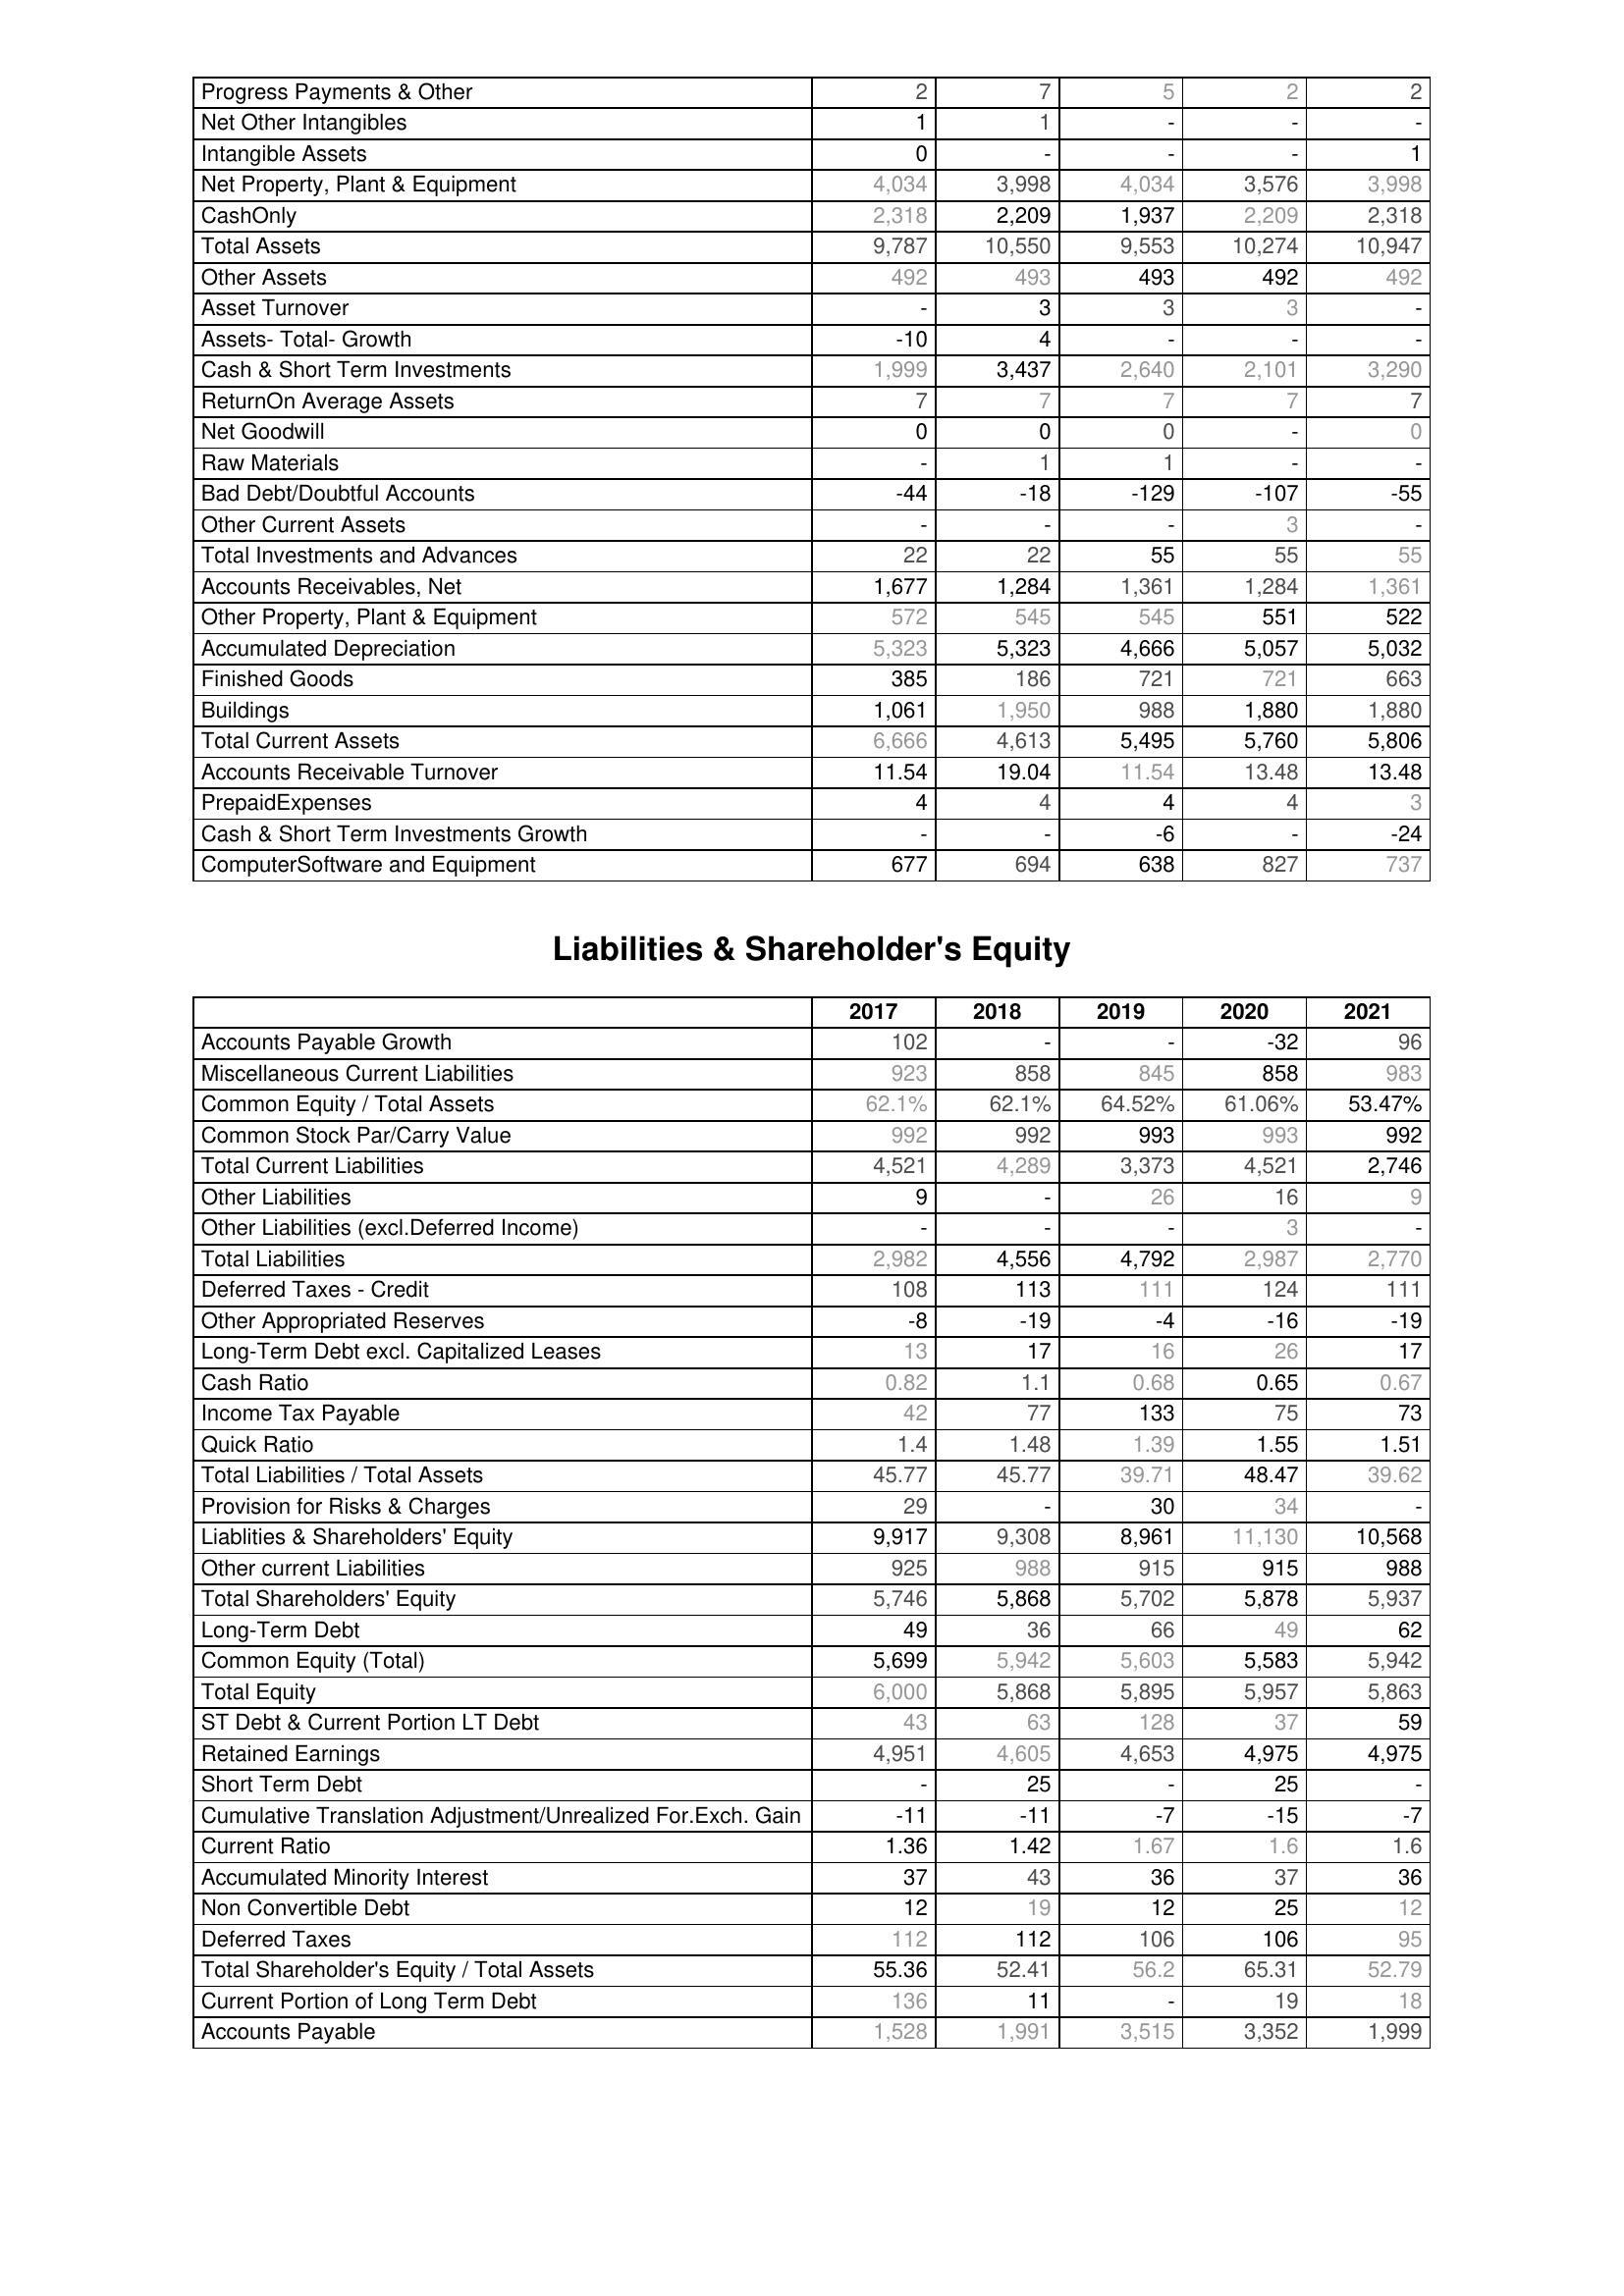
2017: Assets: Progress Payments & Other: 2
Net Other Intangibles: 1
Intangible Assets: 0
Net Property, Plant & Equipment: 4,034
CashOnly: 2,318
Total Assets: 9,787
Other Assets: 492
Asset Turnover: -
Assets- Total- Growth: -10
Cash & Short Term Investments: 1,999
ReturnOn Average Assets: 7
Net Goodwill: 0
Raw Materials: -
Bad Debt/Doubtful Accounts: -44
Other Current Assets: -
Total Investments and Advances: 22
Accounts Receivables, Net: 1,677
Other Property, Plant & Equipment: 572
Accumulated Depreciation: 5,323
Finished Goods: 385
Buildings: 1,061
Total Current Assets: 6,666
Accounts Receivable Turnover: 11.54
PrepaidExpenses: 4
Cash & Short Term Investments Growth: -
ComputerSoftware and Equipment: 677
Liabilities & Shareholder's Equity: Accounts Payable Growth: 102
Miscellaneous Current Liabilities: 923
Common Equity / Total Assets: 62.1%
Common Stock Par/Carry Value: 992
Total Current Liabilities: 4,521
Other Liabilities: 9
Other Liabilities (excl.Deferred Income): -
Total Liabilities: 2,982
Deferred Taxes - Credit: 108
Other Appropriated Reserves: -8
Long-Term Debt excl. Capitalized Leases: 13
Cash Ratio: 0.82
Income Tax Payable: 42
Quick Ratio: 1.4
Total Liabilities / Total Assets: 45.77
Provision for Risks & Charges: 29
Liablities & Shareholders' Equity: 9,917
Other current Liabilities: 925
Total Shareholders' Equity: 5,746
Long-Term Debt: 49
Common Equity (Total): 5,699
Total Equity: 6,000
ST Debt & Current Portion LT Debt: 43
Retained Earnings: 4,951
Short Term Debt: -
Cumulative Translation Adjustment/Unrealized For.Exch. Gain: -11
Current Ratio: 1.36
Accumulated Minority Interest: 37
Non Convertible Debt: 12
Deferred Taxes: 112
Total Shareholder's Equity / Total Assets: 55.36
Current Portion of Long Term Debt: 136
Accounts Payable: 1,528
2018: Assets: Progress Payments & Other: 7
Net Other Intangibles: 1
Intangible Assets: -
Net Property, Plant & Equipment: 3,998
CashOnly: 2,209
Total Assets: 10,550
Other Assets: 493
Asset Turnover: 3
Assets- Total- Growth: 4
Cash & Short Term Investments: 3,437
ReturnOn Average Assets: 7
Net Goodwill: 0
Raw Materials: 1
Bad Debt/Doubtful Accounts: -18
Other Current Assets: -
Total Investments and Advances: 22
Accounts Receivables, Net: 1,284
Other Property, Plant & Equipment: 545
Accumulated Depreciation: 5,323
Finished Goods: 186
Buildings: 1,950
Total Current Assets: 4,613
Accounts Receivable Turnover: 19.04
PrepaidExpenses: 4
Cash & Short Term Investments Growth: -
ComputerSoftware and Equipment: 694
Liabilities & Shareholder's Equity: Accounts Payable Growth: -
Miscellaneous Current Liabilities: 858
Common Equity / Total Assets: 62.1%
Common Stock Par/Carry Value: 992
Total Current Liabilities: 4,289
Other Liabilities: -
Other Liabilities (excl.Deferred Income): -
Total Liabilities: 4,556
Deferred Taxes - Credit: 113
Other Appropriated Reserves: -19
Long-Term Debt excl. Capitalized Leases: 17
Cash Ratio: 1.1
Income Tax Payable: 77
Quick Ratio: 1.48
Total Liabilities / Total Assets: 45.77
Provision for Risks & Charges: -
Liablities & Shareholders' Equity: 9,308
Other current Liabilities: 988
Total Shareholders' Equity: 5,868
Long-Term Debt: 36
Common Equity (Total): 5,942
Total Equity: 5,868
ST Debt & Current Portion LT Debt: 63
Retained Earnings: 4,605
Short Term Debt: 25
Cumulative Translation Adjustment/Unrealized For.Exch. Gain: -11
Current Ratio: 1.42
Accumulated Minority Interest: 43
Non Convertible Debt: 19
Deferred Taxes: 112
Total Shareholder's Equity / Total Assets: 52.41
Current Portion of Long Term Debt: 11
Accounts Payable: 1,991
2019: Assets: Progress Payments & Other: 5
Net Other Intangibles: -
Intangible Assets: -
Net Property, Plant & Equipment: 4,034
CashOnly: 1,937
Total Assets: 9,553
Other Assets: 493
Asset Turnover: 3
Assets- Total- Growth: -
Cash & Short Term Investments: 2,640
ReturnOn Average Assets: 7
Net Goodwill: 0
Raw Materials: 1
Bad Debt/Doubtful Accounts: -129
Other Current Assets: -
Total Investments and Advances: 55
Accounts Receivables, Net: 1,361
Other Property, Plant & Equipment: 545
Accumulated Depreciation: 4,666
Finished Goods: 721
Buildings: 988
Total Current Assets: 5,495
Accounts Receivable Turnover: 11.54
PrepaidExpenses: 4
Cash & Short Term Investments Growth: -6
ComputerSoftware and Equipment: 638
Liabilities & Shareholder's Equity: Accounts Payable Growth: -
Miscellaneous Current Liabilities: 845
Common Equity / Total Assets: 64.52%
Common Stock Par/Carry Value: 993
Total Current Liabilities: 3,373
Other Liabilities: 26
Other Liabilities (excl.Deferred Income): -
Total Liabilities: 4,792
Deferred Taxes - Credit: 111
Other Appropriated Reserves: -4
Long-Term Debt excl. Capitalized Leases: 16
Cash Ratio: 0.68
Income Tax Payable: 133
Quick Ratio: 1.39
Total Liabilities / Total Assets: 39.71
Provision for Risks & Charges: 30
Liablities & Shareholders' Equity: 8,961
Other current Liabilities: 915
Total Shareholders' Equity: 5,702
Long-Term Debt: 66
Common Equity (Total): 5,603
Total Equity: 5,895
ST Debt & Current Portion LT Debt: 128
Retained Earnings: 4,653
Short Term Debt: -
Cumulative Translation Adjustment/Unrealized For.Exch. Gain: -7
Current Ratio: 1.67
Accumulated Minority Interest: 36
Non Convertible Debt: 12
Deferred Taxes: 106
Total Shareholder's Equity / Total Assets: 56.2
Current Portion of Long Term Debt: -
Accounts Payable: 3,515
2020: Assets: Progress Payments & Other: 2
Net Other Intangibles: -
Intangible Assets: -
Net Property, Plant & Equipment: 3,576
CashOnly: 2,209
Total Assets: 10,274
Other Assets: 492
Asset Turnover: 3
Assets- Total- Growth: -
Cash & Short Term Investments: 2,101
ReturnOn Average Assets: 7
Net Goodwill: -
Raw Materials: -
Bad Debt/Doubtful Accounts: -107
Other Current Assets: 3
Total Investments and Advances: 55
Accounts Receivables, Net: 1,284
Other Property, Plant & Equipment: 551
Accumulated Depreciation: 5,057
Finished Goods: 721
Buildings: 1,880
Total Current Assets: 5,760
Accounts Receivable Turnover: 13.48
PrepaidExpenses: 4
Cash & Short Term Investments Growth: -
ComputerSoftware and Equipment: 827
Liabilities & Shareholder's Equity: Accounts Payable Growth: -32
Miscellaneous Current Liabilities: 858
Common Equity / Total Assets: 61.06%
Common Stock Par/Carry Value: 993
Total Current Liabilities: 4,521
Other Liabilities: 16
Other Liabilities (excl.Deferred Income): 3
Total Liabilities: 2,987
Deferred Taxes - Credit: 124
Other Appropriated Reserves: -16
Long-Term Debt excl. Capitalized Leases: 26
Cash Ratio: 0.65
Income Tax Payable: 75
Quick Ratio: 1.55
Total Liabilities / Total Assets: 48.47
Provision for Risks & Charges: 34
Liablities & Shareholders' Equity: 11,130
Other current Liabilities: 915
Total Shareholders' Equity: 5,878
Long-Term Debt: 49
Common Equity (Total): 5,583
Total Equity: 5,957
ST Debt & Current Portion LT Debt: 37
Retained Earnings: 4,975
Short Term Debt: 25
Cumulative Translation Adjustment/Unrealized For.Exch. Gain: -15
Current Ratio: 1.6
Accumulated Minority Interest: 37
Non Convertible Debt: 25
Deferred Taxes: 106
Total Shareholder's Equity / Total Assets: 65.31
Current Portion of Long Term Debt: 19
Accounts Payable: 3,352
2021: Assets: Progress Payments & Other: 2
Net Other Intangibles: -
Intangible Assets: 1
Net Property, Plant & Equipment: 3,998
CashOnly: 2,318
Total Assets: 10,947
Other Assets: 492
Asset Turnover: -
Assets- Total- Growth: -
Cash & Short Term Investments: 3,290
ReturnOn Average Assets: 7
Net Goodwill: 0
Raw Materials: -
Bad Debt/Doubtful Accounts: -55
Other Current Assets: -
Total Investments and Advances: 55
Accounts Receivables, Net: 1,361
Other Property, Plant & Equipment: 522
Accumulated Depreciation: 5,032
Finished Goods: 663
Buildings: 1,880
Total Current Assets: 5,806
Accounts Receivable Turnover: 13.48
PrepaidExpenses: 3
Cash & Short Term Investments Growth: -24
ComputerSoftware and Equipment: 737
Liabilities & Shareholder's Equity: Accounts Payable Growth: 96
Miscellaneous Current Liabilities: 983
Common Equity / Total Assets: 53.47%
Common Stock Par/Carry Value: 992
Total Current Liabilities: 2,746
Other Liabilities: 9
Other Liabilities (excl.Deferred Income): -
Total Liabilities: 2,770
Deferred Taxes - Credit: 111
Other Appropriated Reserves: -19
Long-Term Debt excl. Capitalized Leases: 17
Cash Ratio: 0.67
Income Tax Payable: 73
Quick Ratio: 1.51
Total Liabilities / Total Assets: 39.62
Provision for Risks & Charges: -
Liablities & Shareholders' Equity: 10,568
Other current Liabilities: 988
Total Shareholders' Equity: 5,937
Long-Term Debt: 62
Common Equity (Total): 5,942
Total Equity: 5,863
ST Debt & Current Portion LT Debt: 59
Retained Earnings: 4,975
Short Term Debt: -
Cumulative Translation Adjustment/Unrealized For.Exch. Gain: -7
Current Ratio: 1.6
Accumulated Minority Interest: 36
Non Convertible Debt: 12
Deferred Taxes: 95
Total Shareholder's Equity / Total Assets: 52.79
Current Portion of Long Term Debt: 18
Accounts Payable: 1,999